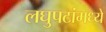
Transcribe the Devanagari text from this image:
लघुपटांमध्ये